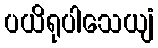
ပယိရုပါသေယျံ